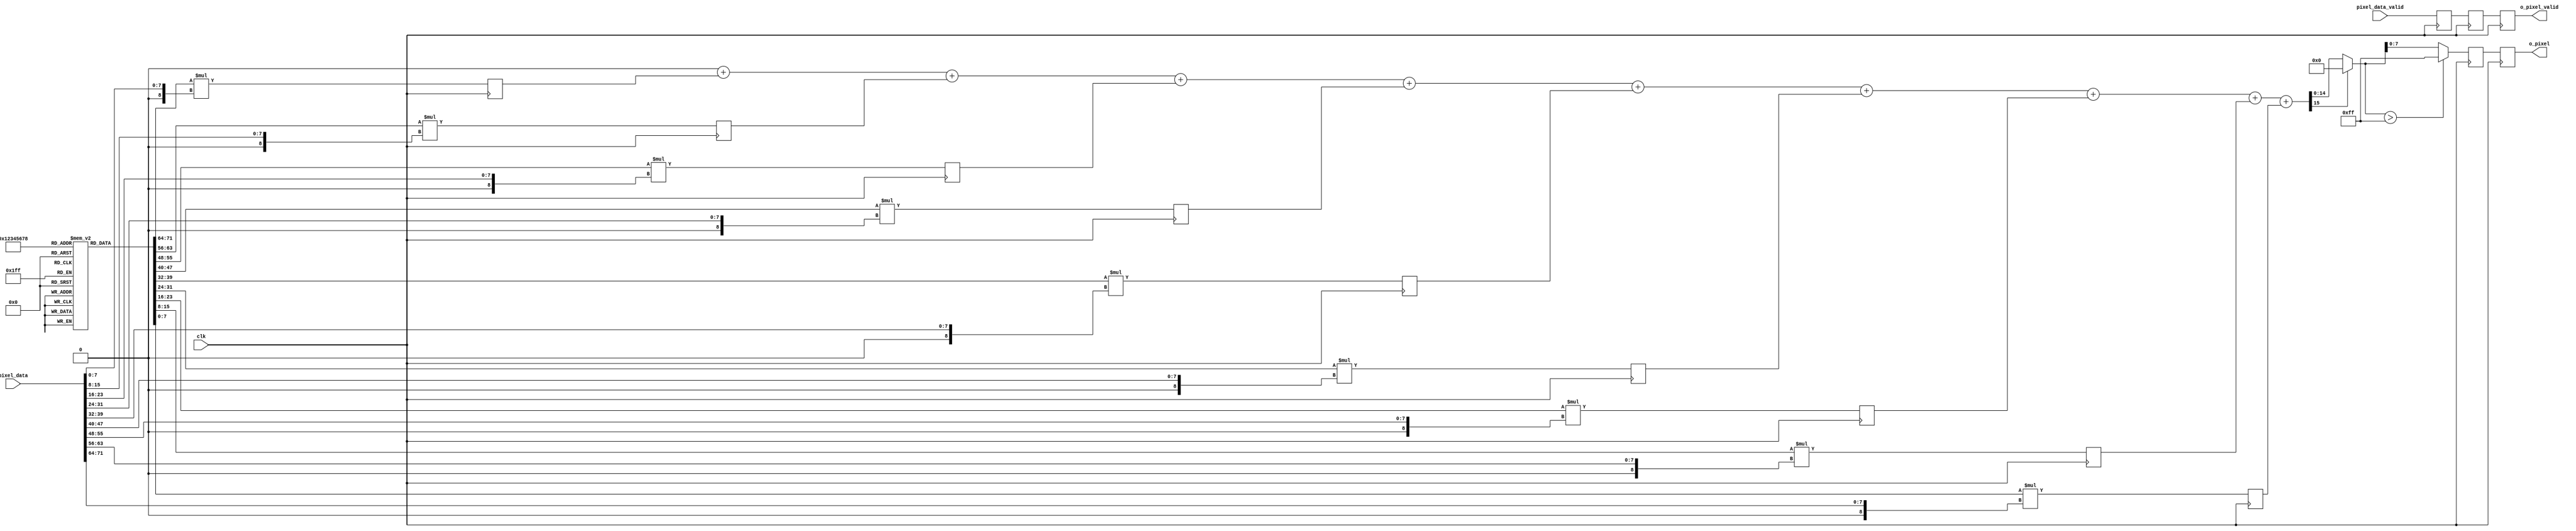
module mac_sharpen(
    input clk,
    input[71:0] pixel_data,
    input pixel_data_valid,
    output reg [7:0] o_pixel,
    output o_pixel_valid
    );

integer i;    
reg[7:0] kernel [8:0];
reg[15:0] mulData[8:0];
reg[15:0] sumDataInt;
reg[15:0] sumData;
reg o_pixel_valid;
reg mulDatavalid;
reg sumDatavalid;

initial
begin
    kernel[0] = 0;
    kernel[1] = -1;
    kernel[2] = 0;
    kernel[3] = -1;
    kernel[4] = 5;
    kernel[5] = -1;
    kernel[6] = 0;
    kernel[7] = -1;
    kernel[8] = 0;

end

always @ (posedge clk) begin
    for (i=0;i<9;i=i+1)
    begin
        mulData[i] = $signed(kernel[i])*$signed({1'b0,pixel_data[i*8+:8]});
    end
    mulDatavalid <= pixel_data_valid;
end

always @ (*) begin
    sumDataInt = 0;
    for (i=0;i<9;i=i+1)
    begin
        sumDataInt = sumDataInt + mulData[i];
    end
    if (sumDataInt[15] == 1)
        sumDataInt = 0;
    if (sumDataInt[14:0] > 255)
        sumDataInt = 255;    
end

always @ (posedge clk) begin
    sumData <= sumDataInt;
    sumDatavalid <= mulDatavalid;
end
always @ (posedge clk) begin
    o_pixel <= sumData;
    o_pixel_valid <= sumDatavalid;
end

endmodule